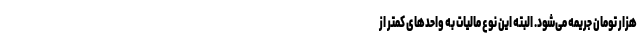
هزار تومان جریمه می‌شود. البته این نوع مالیات به واحد‌های کمتر از